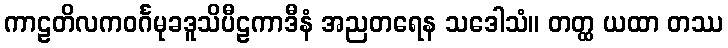
ကာဠတိလကဝင်္ဂမုခဒူသိပီဠကာဒီနံ အညတရေန သဒေါသံ။ တတ္ထ ယထာ တဿ